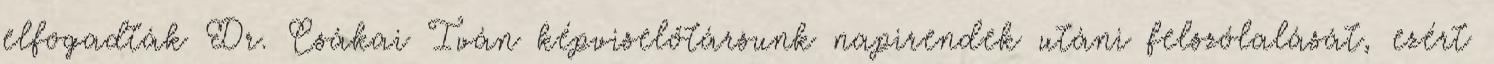
elfogadták Dr. Csákai Iván képviselőtársunk napirendek utáni felszólalását, ezért